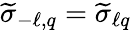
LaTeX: \widetilde\sigma_{-\ell,q}=\widetilde\sigma_{\ell q}